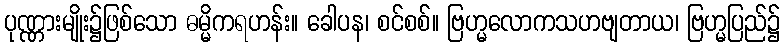
ပုဏ္ဏားမျိုး၌ဖြစ်သော ဓမ္မိကရဟန်း။ ခေါပန၊ စင်စစ်။ ဗြဟ္မလောကသဟဗျတာယ၊ ဗြဟ္မပြည်၌